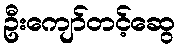
ဦးကျော်တင့်ဆွေ